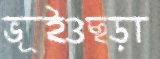
ভূইওছড়া